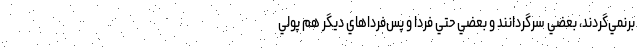
برنمي‌گردند، بعضي سرگردانند و بعضي حتي فردا و پس‌فرداهاي ديگر هم پولي